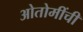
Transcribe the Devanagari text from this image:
ओतोमींची